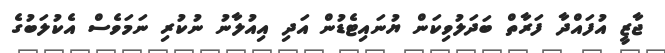
ޖާޒީ އުފައްދާ ފަރާތް ބަދަލުވިކަން ޔުނައިޓެޑުން އަދި އިއުލާނު ނުކުރި ނަމަވެސް އެކުލަބުގެ